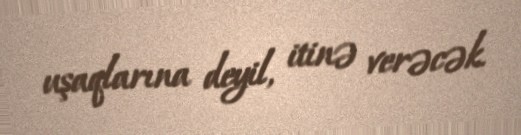
uşaqlarına deyil, itinə verəcək.